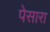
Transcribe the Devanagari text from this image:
पेसारा